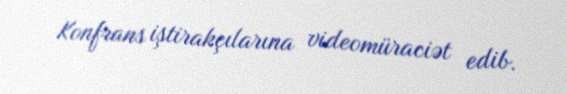
Konfrans iştirakçılarına videomüraciət edib.